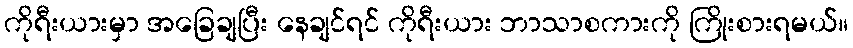
ကိုရီးယားမှာ အခြေချပြီး နေချင်ရင် ကိုရီးယား ဘာသာစကားကို ကြိုးစားရမယ်။